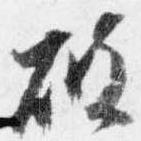
破